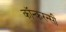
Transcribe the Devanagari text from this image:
कॉन्करन्सी